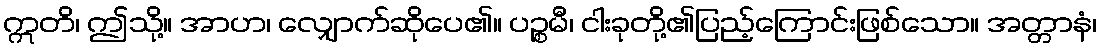
ဣတိ၊ ဤသို့။ အာဟ၊ လျှောက်ဆိုပေ၏။ ပဉ္စမီ၊ ငါးခုတို့၏ပြည့်ကြောင်းဖြစ်သော။ အတ္တာနံ၊